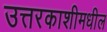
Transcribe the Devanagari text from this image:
उत्तरकाशीमधील